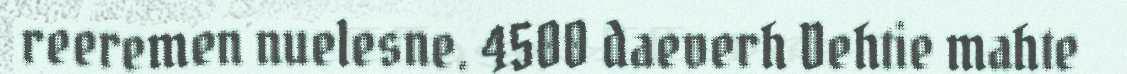
reeremen nuelesne. 4500 daeverh Dehtie mahte